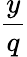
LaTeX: \frac{y}{q}